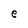
Character: e